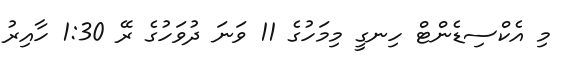
މި އެކްސިޑެންޓް ހިނގީ މިމަހުގެ 11 ވަނަ ދުވަހުގެ ރޭ 1:30 ހާއިރު